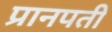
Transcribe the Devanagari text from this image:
प्रानपती